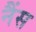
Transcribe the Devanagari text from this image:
नैंस